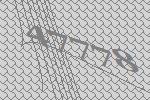
47778